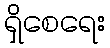
ရှိစေရေး